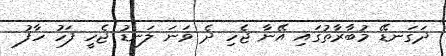
ދަގަނޑޭ މުބާރާތުގައި އޭނާ ޖެހި ދެ ވަނަ ލަނޑު ޖެހީ ފަހު ހާފު